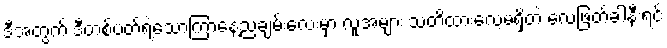
ဒီအတွက် ဒီတစ်ပတ်ရဲ့သောကြာနေ့ညချမ်းလေးမှာ လူအများ သတိထားလေ့မရှိတဲ့ လေဖြတ်ခါနီးရင်